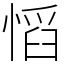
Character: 慆